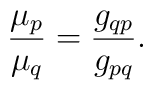
\frac{\mu_p}{\mu_q} = \frac{g_{qp}}{g_{pq}}.